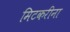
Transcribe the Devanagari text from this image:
मिटकरींना